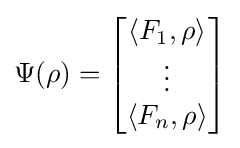
\Psi (\rho )={\begin{bmatrix}\langle F_{1},\rho \rangle \\\vdots \\\langle F_{n},\rho \rangle \end{bmatrix}}